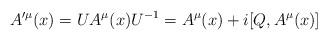
LaTeX: \begin{align*}A'^\mu (x) = U A^\mu(x) U^{-1} = A^\mu(x) + i [Q,A^\mu(x)]\end{align*}